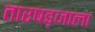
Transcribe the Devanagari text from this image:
तारषड्जाला